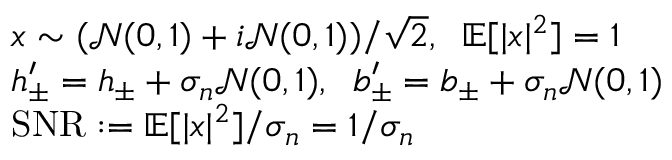
\begin{array} { r l } & { x \sim ( \mathcal { N } ( 0 , 1 ) + i \mathcal { N } ( 0 , 1 ) ) / \sqrt { 2 } , \; \; \mathbb { E } [ | x | ^ { 2 } ] = 1 } \\ & { h _ { \pm } ^ { \prime } = h _ { \pm } + \sigma _ { n } \mathcal { N } ( 0 , 1 ) , \; \; b _ { \pm } ^ { \prime } = b _ { \pm } + \sigma _ { n } \mathcal { N } ( 0 , 1 ) } \\ & { \mathrm { S N R } : = \mathbb { E } [ | x | ^ { 2 } ] / \sigma _ { n } = 1 / \sigma _ { n } } \end{array}